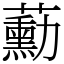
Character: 蘍